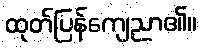
ထုတ်ပြန်ကျေညာ၏။